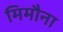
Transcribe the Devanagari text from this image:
मिमौना